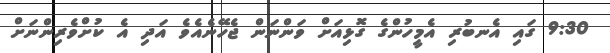
9:30 ގައި އެނބުރި އެމީހުންގެ ގޮޅިއަށް ވަންނަން ޖެހޭނެއެވެ އަދި އެ ކުށްވެރިންނަށް